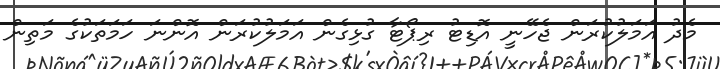
މެދު އަމަލުކުރަން ޖެހޭނީ އޮޑިޓު ރިޕޯޓާ ގުޅިގެން އަމަލުކުރަން އޮންނަ ހަމަތަކުގެ މަތިން